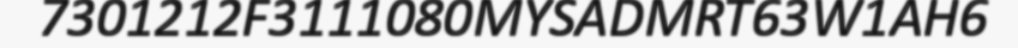
7301212F3111080MYSADMRT63W1AH6